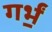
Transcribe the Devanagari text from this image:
गर्भं॒